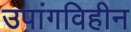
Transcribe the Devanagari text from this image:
उपांगविहीन